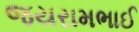
જયરામભાઈ